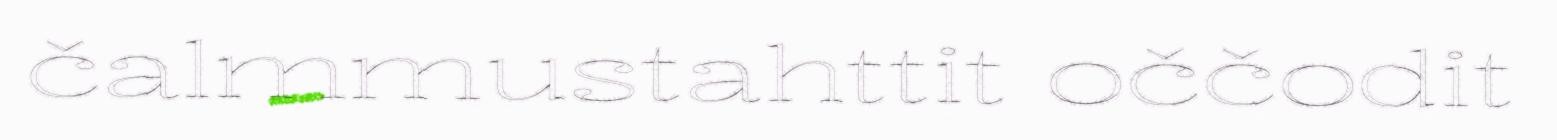
čalmmustahttit oččodit